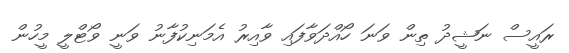
ރައީސް ނަޝީދު ތިން ވަނަ ހޯއްދަވާފައި ވާއިރު އެމަނިކުފާނު ވަނީ ވޯޓްލީ މީހުން